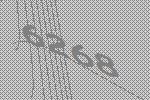
6268